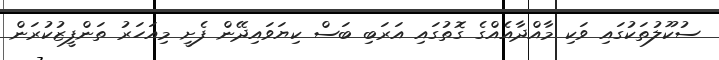
ސުކޫލުތަކުގައި ވަކި މާއްދާއެއްގެ ގޮތުގައި އަރަބި ބަސް ކިޔަވައިދޭން ފެށީ މިއަހަރު ތަންފީޒުކުރަން